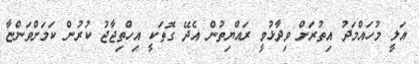
އަލީ މުހައްމަދު އިތުރަށް ވިދާޅުވީ ރައްޔިތުން އެދޭ ގޮތަކީ އިހްތިޖާޖު ކުރުން ކަމަށްވަންޏާ